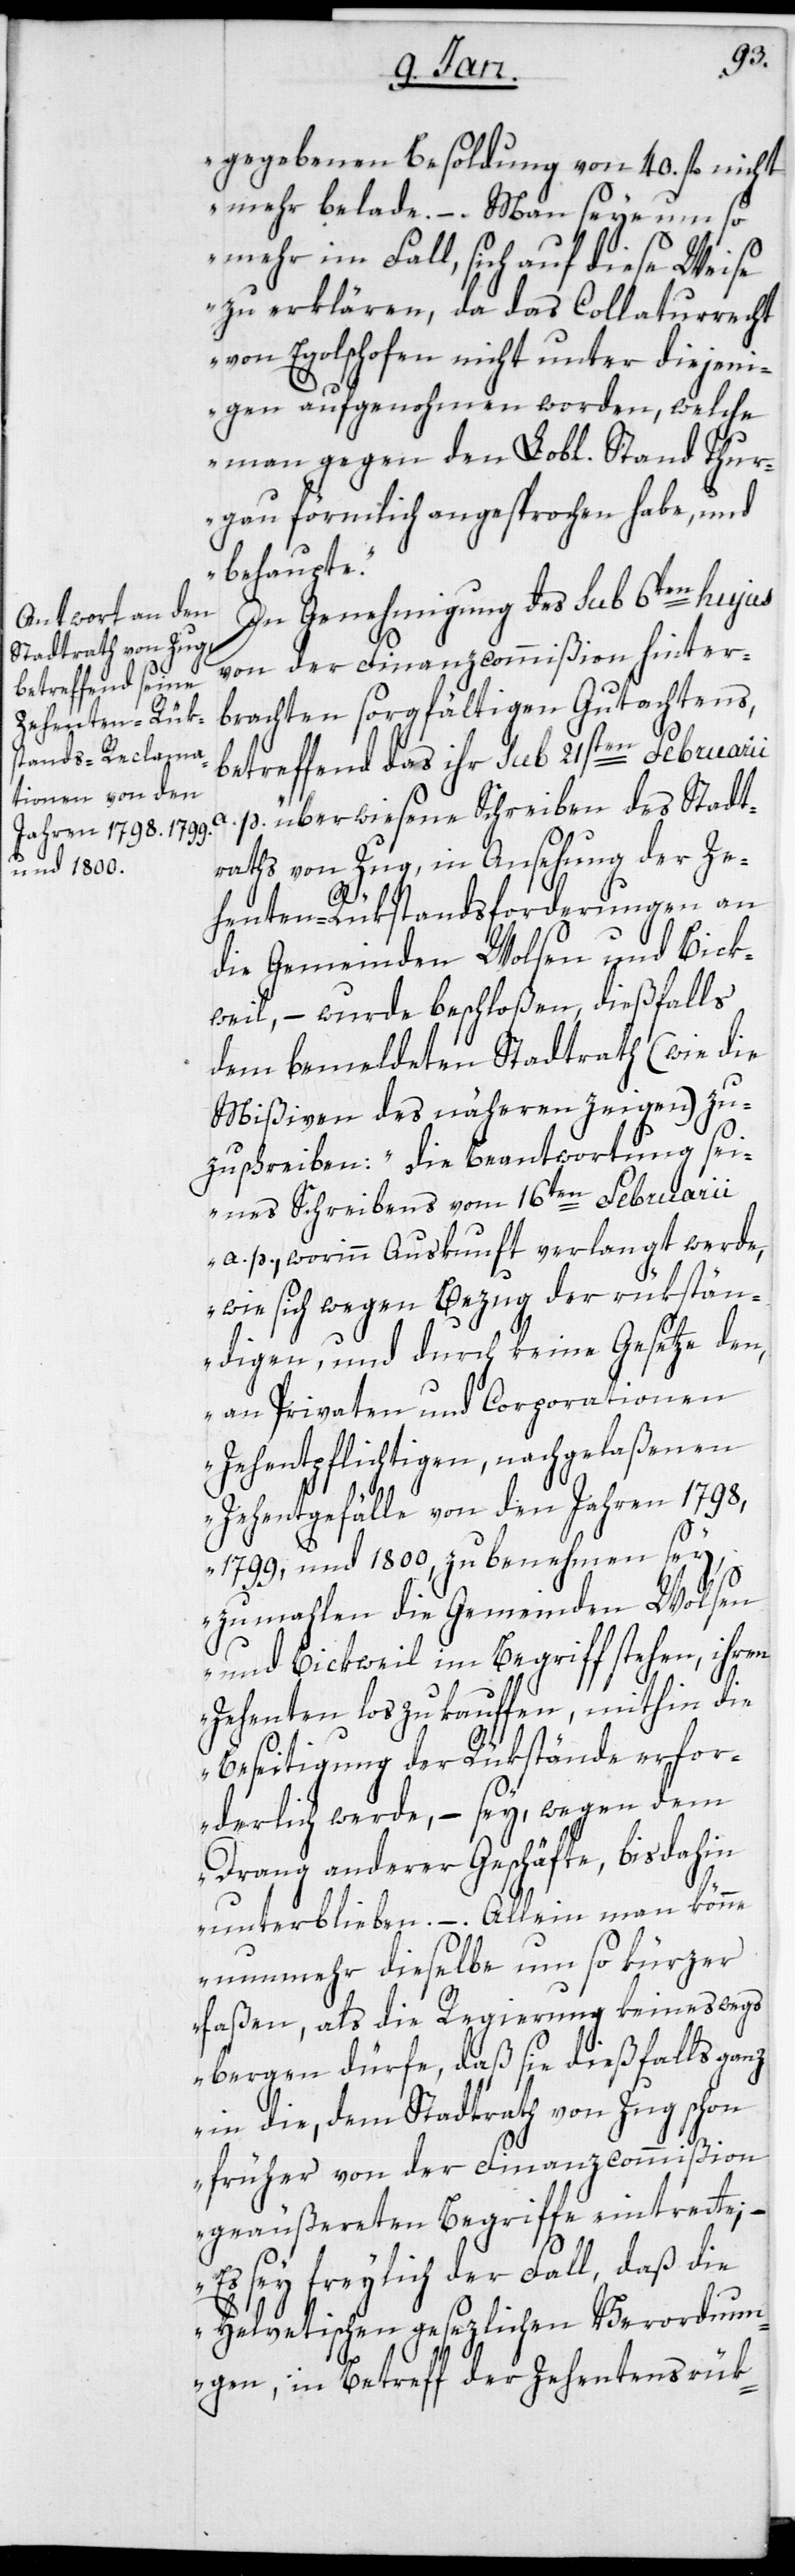
gegebenen Besoldung von 40. fl nicht
mehr belade. – Man seye um so
mehr im Fall, sich auf diese Weise
zu erklären, da das Collaturrecht
von Egolschofen nicht unter diejeni¬
gen aufgenohmen worden, welche
man gegen den Lobl. Stand Thur¬
gau förmlich angesprochen habe, und
behaupte“.
In Genehmigung des sub 6ten hujus
von der Finanzcommißion hinter¬
brachten sorgfältigen Gutachtens,
betreffend das ihr sub 21sten Februarii
p. überwiesene Schreiben des Stadt¬
raths von Zug, in Ansehung der Ze¬
a.
henten-Rükstandsforderungen an
die Gemeinden Wolsen und Bick¬
weil, – wurde beschloßen, dießfalls
dem bemeldeten Statdrath (wie die
Mißiven des näheren zeigen) zu¬
zuschreiben: „die Beantwortung sei¬
nes Schreibens vom 16ten Februarii
a. p., worinn Auskunft verlangt werde,
wie sich wegen Bezug der rükstän¬
digen, und durch keine Gesetze den,
an Privaten und Corporationen
Zehentpflichtigen, nachgelaßenen
Zehentgefälle von den Jahren 1798,
1799, und 1800, zu benehmen sey,
zumahlen die Gemeinden Wolsen
und Bickweil im Begriff stehen, ihren
Zehenten loszukauffen, mithin die
Beseitigung der Rükstände erfor¬
derlich werde, – sey, wegen dem
Drang anderer Geschäfte, bis dahin
unterblieben. – Allein man könne
nunmehr dieselbe um so kürzer
faßen, als die Regierung keineswegs
bergen dürfe, daß sie dießfalls ganz
in die, dem Stadtrath von Zug schon
früher von der Finanzcommißion
geäußerten Begriffe eintrette. –
Es sey freylich der Fall, daß die
Helvetischen gesezlichen Verordnun¬
gen, in Betreff der Zehentensrük-